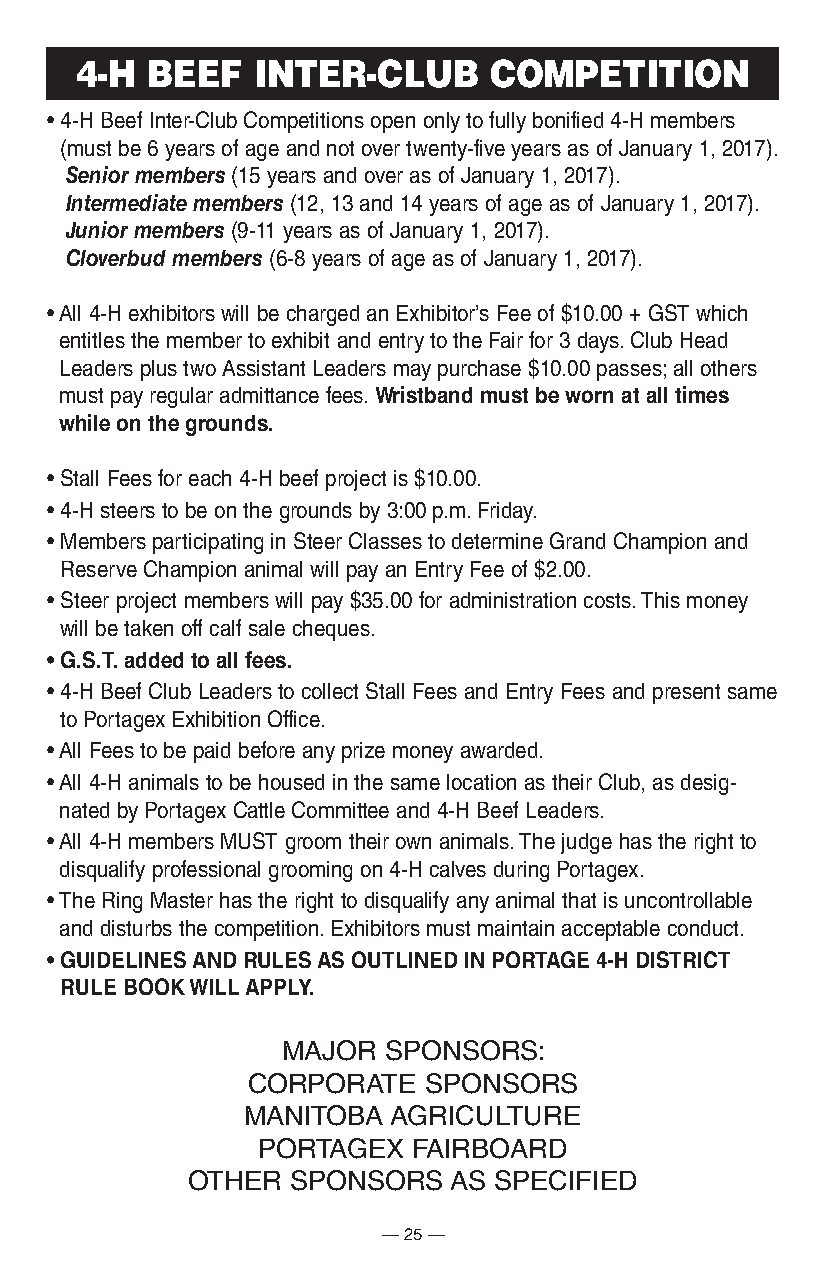
4-H  BEEF   InTER-CLuB      COmPETITIOn
 • 4-H Beef Inter-Club Competitions open only to fully bonified 4-H members
 (must be 6 years of age and not over twenty-five years as of January 1, 2017).
 Senior members (15 years and over as of January 1, 2017).
 Intermediate members (12, 13 and 14 years of age as of January 1, 2017).
 Junior members (9-11 years as of January 1, 2017).
 Cloverbud members (6-8 years of age as of January 1, 2017).
 • All 4-H exhibitors will be charged an Exhibitor’s Fee of $10.00 + GST which
 entitles the member to exhibit and entry to the Fair for 3 days. Club Head
 Leaders plus two Assistant Leaders may purchase $10.00 passes; all others
 must pay regular admittance fees. Wristband must be worn at all times
 while on the grounds.
 • Stall Fees for each 4-H beef project is $10.00.
 • 4-H steers to be on the grounds by 3:00 p.m. Friday.
 • Members participating in Steer Classes to determine Grand Champion and
 Reserve Champion animal will pay an Entry Fee of $2.00.
 • Steer project members will pay $35.00 for administration costs. This money
 will be taken off calf sale cheques.
 • G.S.T. added to all fees.
 • 4-H Beef Club Leaders to collect Stall Fees and Entry Fees and present same
 to Portagex Exhibition Office.
 • All Fees to be paid before any prize money awarded.
 • All 4-H animals to be housed in the same location as their Club, as desig-
 nated by Portagex Cattle Committee and 4-H Beef Leaders.
 • All 4-H members MUST groom their own animals. The judge has the right to
 disqualify professional grooming on 4-H calves during Portagex.
 • The Ring Master has the right to disqualify any animal that is uncontrollable
 and disturbs the competition. Exhibitors must maintain acceptable conduct.
 • GUIDELINES AND RULES AS OUTLINED IN PORTAGE 4-H DISTRICT
 rUle BooK Will apply.
 MAJOR SPONSORS:
 CORPORATE   SPONSORS
 MANITOBA  AGRICULTURE
 PORTAGEX  FAIRBOARD
 OTHER  SPONSORS   AS SPECIFIED
 — 25 —